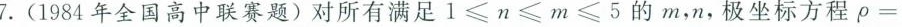
7.(1984年全国高中联赛题)对所有满足$$1 ≤ n ≤ m ≤ 5$$的m，n，极坐标方程$$\rho =